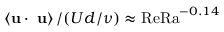
\left\langle { \bf u \cdot \nabla u } \right\rangle / ( U d / \nu ) \approx \mathrm { R e R a } ^ { - 0 . 1 4 }